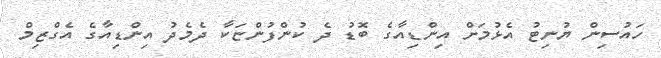
ހައުސިން ޔުނިޓު އެޅުމަށް އިންޑިއާގެ ބޮޑު ދެ ކުންފުންޏަކާ ދެމެދު އިންޑިއާގެ އެގްޒިމް